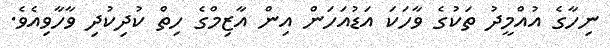
ނިހާގެ އުއްމީދު ތަކުގެ ވާހަކަ އަޑުއަހަން އިން އާޒިމްގެ ހިތް ކުދިކުދި ވާހާވިއެވެ.